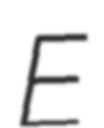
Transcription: E